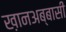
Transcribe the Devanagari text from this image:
ख़ानअब्बासी